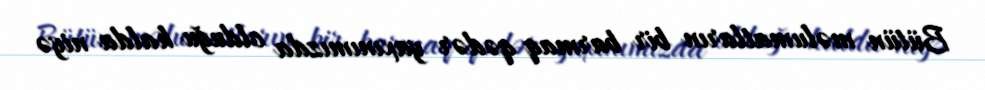
Bütün məlumatların bir barmaq qədər yaxınımızda olduğu halda niyə